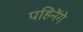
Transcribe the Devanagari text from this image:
पहिनेंगे